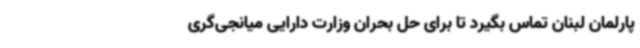
پارلمان لبنان تماس بگیرد تا برای حل بحران وزارت دارایی میانجی‌گری